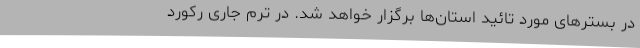
در بستر‌های مورد تائید استان‌ها برگزار خواهد شد. در ترم جاری رکورد